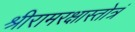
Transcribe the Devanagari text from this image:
श्रीरामरक्षास्तोत्रं